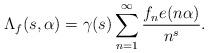
LaTeX: \begin{align*}\Lambda_f(s,\alpha)=\gamma(s)\sum_{n=1}^\infty\frac{f_ne(n\alpha)}{n^s}.\end{align*}